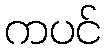
ကပင်